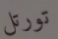
تورتل